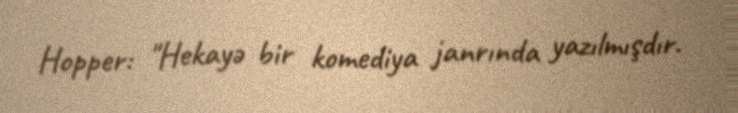
Hopper: "Hekayə bir komediya janrında yazılmışdır.